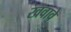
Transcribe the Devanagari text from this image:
खवावे